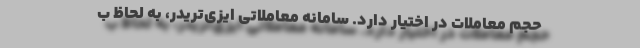
حجم معاملات در اختیار دارد. سامانه معاملاتی ایزی‌تریدر، به لحاظ ب